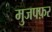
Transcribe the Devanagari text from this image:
मुजफ्फ़र